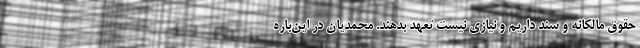
حقوق مالکانه و سند داریم و نیازی نیست تعهد بدهند. محمدیان در این‌باره